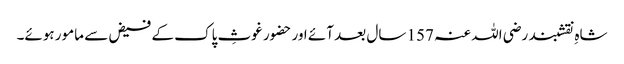
شاہِ نقشبند رضی اللہ عنہ 157 سال بعد آئے اور حضور غوثِ پاک کے فیض سے مامور ہوئے۔